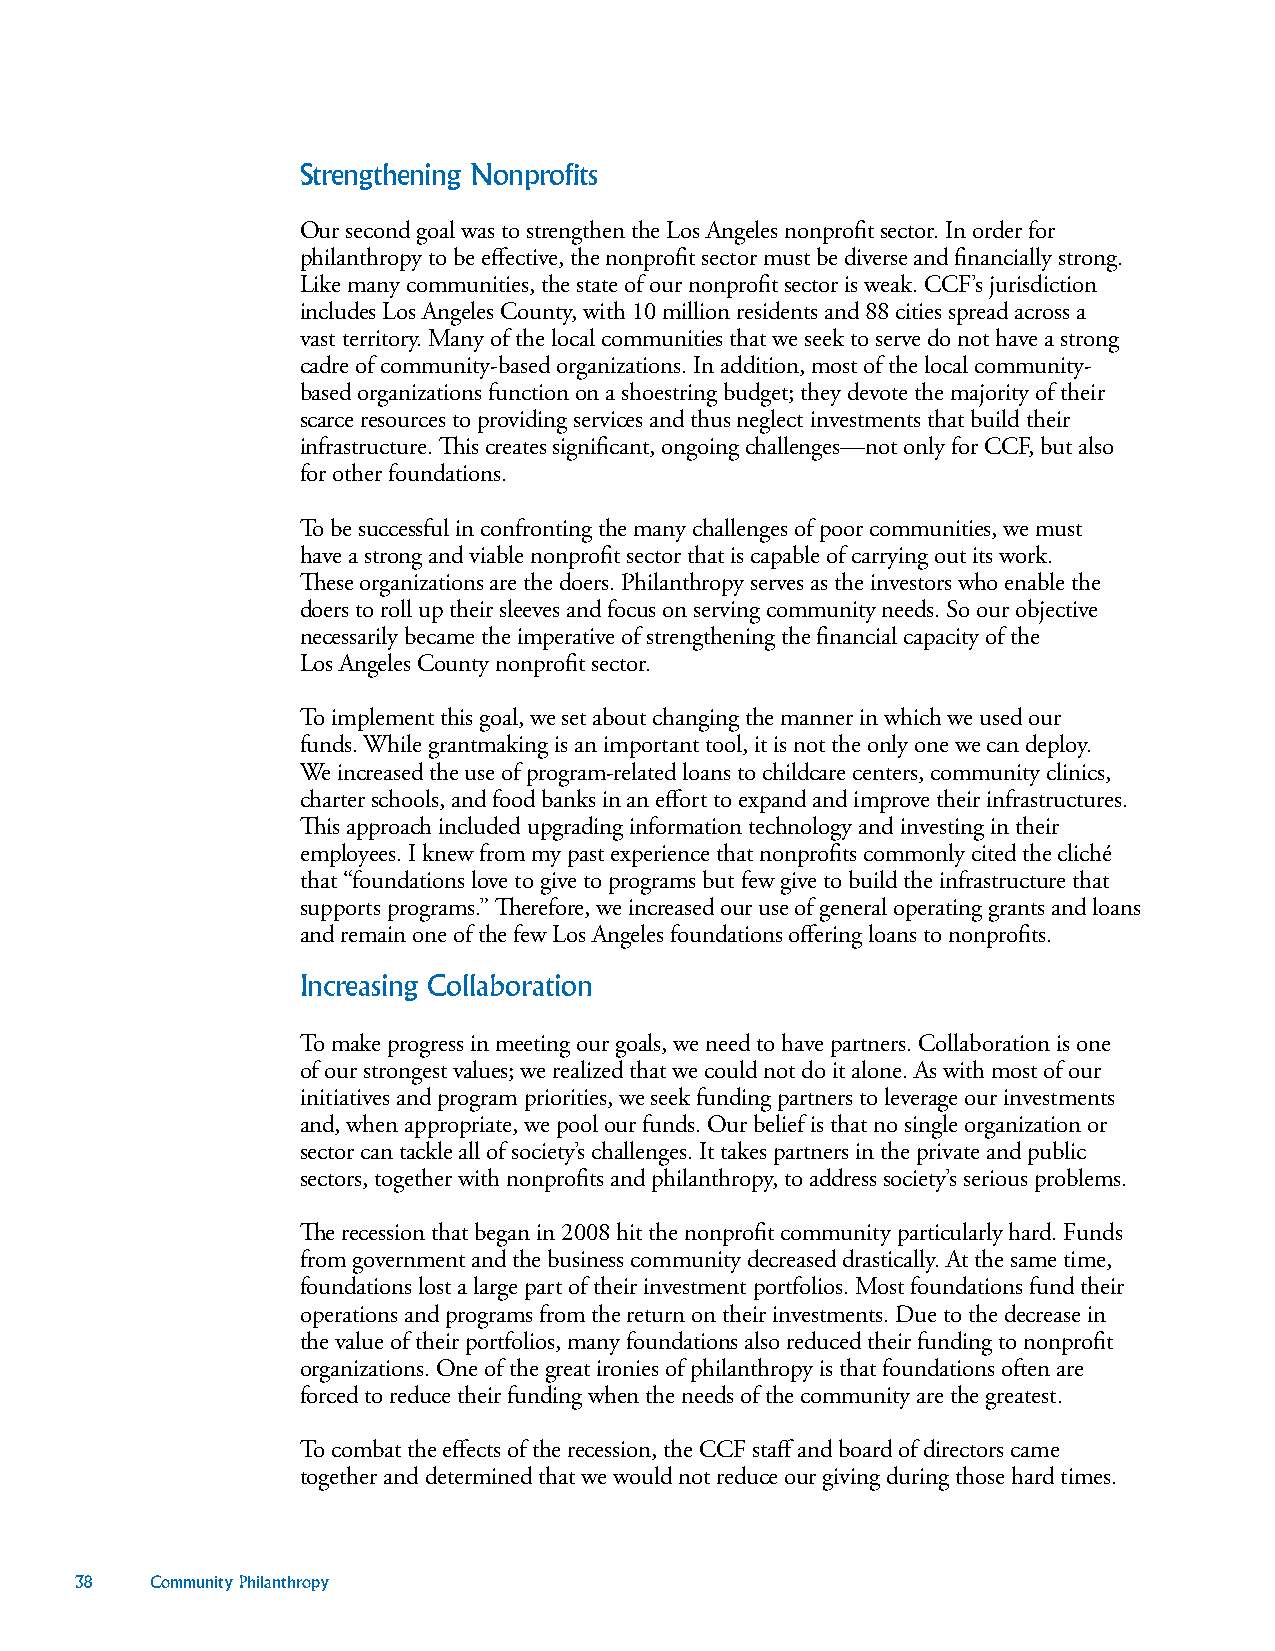
Strengthening Nonprofits
 Our second goal was to strengthen the Los Angeles nonprofit sector. In order for
 philanthropy to be effective, the nonprofit sector must be diverse and financially strong.
 Like many communities, the state of our nonprofit sector is weak. CCF’s jurisdiction
 includes Los Angeles County, with 10 million residents and 88 cities spread across a
 vast territory. Many of the local communities that we seek to serve do not have a strong
 cadre of community-based organizations. In addition, most of the local community-
 based organizations function on a shoestring budget; they devote the majority of their
 scarce resources to providing services and thus neglect investments that build their
 infrastructure. This creates significant, ongoing challenges—not only for CCF, but also
 for other foundations.
 To be successful in confronting the many challenges of poor communities, we must
 have a strong and viable nonprofit sector that is capable of carrying out its work.
 These organizations are the doers. Philanthropy serves as the investors who enable the
 doers to roll up their sleeves and focus on serving community needs. So our objective
 necessarily became the imperative of strengthening the financial capacity of the
 Los Angeles County nonprofit sector.
 To implement this goal, we set about changing the manner in which we used our
 funds. While grantmaking is an important tool, it is not the only one we can deploy.
 We increased the use of program-related loans to childcare centers, community clinics,
 charter schools, and food banks in an effort to expand and improve their infrastructures.
 This approach included upgrading information technology and investing in their
 employees. I knew from my past experience that nonprofits commonly cited the cliché
 that “foundations love to give to programs but few give to build the infrastructure that
 supports programs.” Therefore, we increased our use of general operating grants and loans
 and remain one of the few Los Angeles foundations offering loans to nonprofits.
 Increasing Collaboration
 To make progress in meeting our goals, we need to have partners. Collaboration is one
 of our strongest values; we realized that we could not do it alone. As with most of our
 initiatives and program priorities, we seek funding partners to leverage our investments
 and, when appropriate, we pool our funds. Our belief is that no single organization or
 sector can tackle all of society’s challenges. It takes partners in the private and public
 sectors, together with nonprofits and philanthropy, to address society’s serious problems.
 The recession that began in 2008 hit the nonprofit community particularly hard. Funds
 from government and the business community decreased drastically. At the same time,
 foundations lost a large part of their investment portfolios. Most foundations fund their
 operations and programs from the return on their investments. Due to the decrease in
 the value of their portfolios, many foundations also reduced their funding to nonprofit
 organizations. One of the great ironies of philanthropy is that foundations often are
 forced to reduce their funding when the needs of the community are the greatest.
 To combat the effects of the recession, the CCF staff and board of directors came
 together and determined that we would not reduce our giving during those hard times.
 38   Community Philanthropy